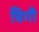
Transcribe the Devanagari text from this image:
चिगी